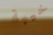
خيبة